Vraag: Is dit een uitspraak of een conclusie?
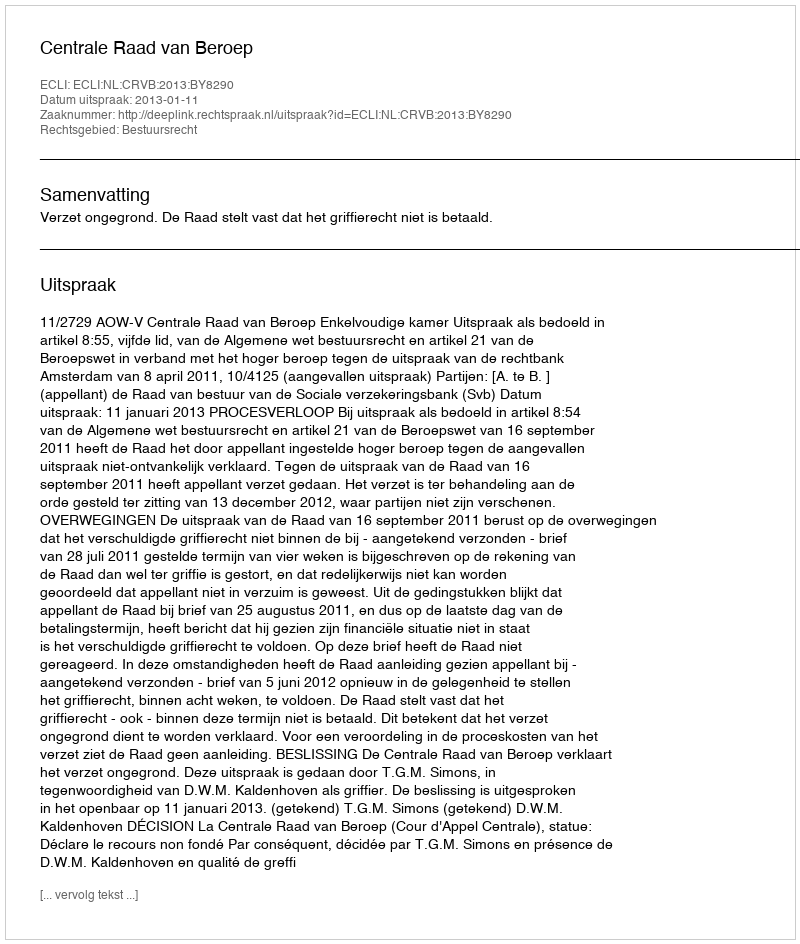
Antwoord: Uitspraak